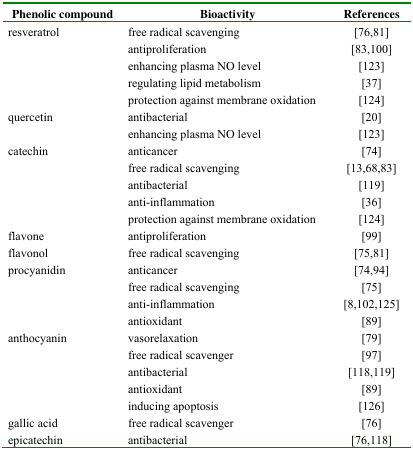
<table><thead><tr><td><b>Phenolic compound</b></td><td><b>Bioactivity</b></td><td><b>References</b></td></tr></thead><tbody><tr><td rowspan="5">resveratrol</td><td>free radical scavenging</td><td>[76,81]</td></tr><tr><td>antiproliferation</td><td>[83,100]</td></tr><tr><td>enhancing plasma NO level</td><td>[123]</td></tr><tr><td>regulating lipid metabolism</td><td>[37]</td></tr><tr><td>protection against membrane oxidation</td><td>[124]</td></tr><tr><td rowspan="2">quercetin</td><td>antibacterial</td><td>[20]</td></tr><tr><td>enhancing plasma NO level</td><td>[123]</td></tr><tr><td rowspan="5">catechin</td><td>anticancer</td><td>[74]</td></tr><tr><td>free radical scavenging</td><td>[13,68,83]</td></tr><tr><td>antibacterial</td><td>[119]</td></tr><tr><td>anti-inflammation</td><td>[36]</td></tr><tr><td>protection against membrane oxidation</td><td>[124]</td></tr><tr><td>flavone</td><td>antiproliferation</td><td>[99]</td></tr><tr><td>flavonol</td><td>free radical scavenging</td><td>[75,81]</td></tr><tr><td rowspan="4">procyanidin</td><td>anticancer</td><td>[74,94]</td></tr><tr><td>free radical scavenging</td><td>[75]</td></tr><tr><td>anti-inflammation</td><td>[8,102,125]</td></tr><tr><td>antioxidant</td><td>[89]</td></tr><tr><td rowspan="5">anthocyanin</td><td>vasorelaxation</td><td>[79]</td></tr><tr><td>free radical scavenger</td><td>[97]</td></tr><tr><td>antibacterial</td><td>[118,119]</td></tr><tr><td>antioxidant</td><td>[89]</td></tr><tr><td>inducing apoptosis</td><td>[126]</td></tr><tr><td>gallic acid</td><td>free radical scavenger</td><td>[76]</td></tr><tr><td>epicatechin</td><td>antibacterial</td><td>[76,118]</td></tr></tbody></table>